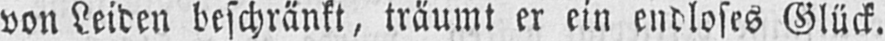
von Leiden beschränkt, träumt er ein endloses Glück.